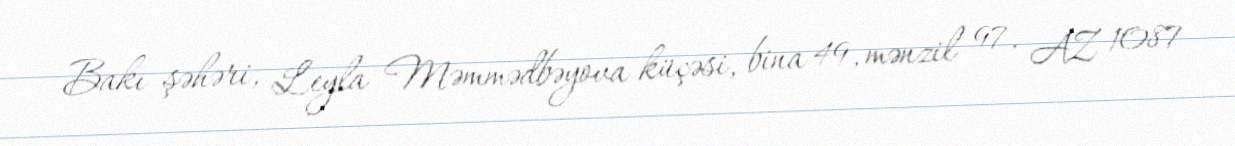
Bakı şəhəri, Leyla Məmmədbəyova küçəsi, bina 49, mənzil 97, AZ 1087